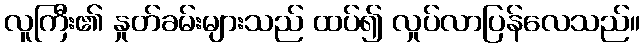
လူကြီး၏ နှုတ်ခမ်းများသည် ထပ်၍ လှုပ်လာပြန်လေသည်။